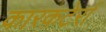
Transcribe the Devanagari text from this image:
कारकटेर्रा